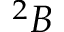
^ { 2 } B